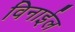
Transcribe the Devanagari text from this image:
विनाईल